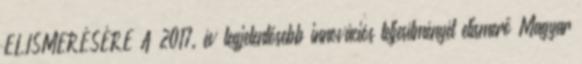
ELISMERÉSÉRE A 2017. év legjelentősebb innovációs teljesítményét elismerő Magyar